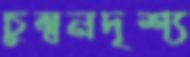
চুম্বনদৃশ্য